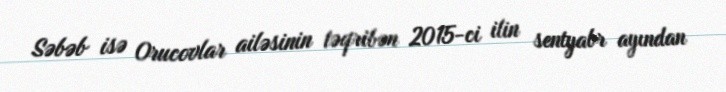
Səbəb isə Orucovlar ailəsinin təqribən 2015-ci ilin sentyabr ayından